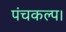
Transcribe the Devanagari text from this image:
पंचकल्प।